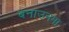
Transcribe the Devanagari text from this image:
बनाउनमा